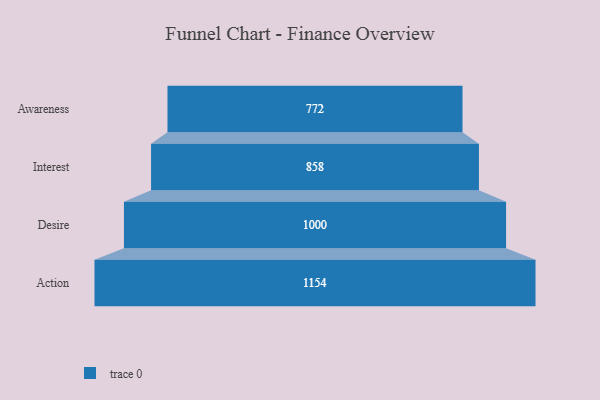
{"axis": {"x": "Stage", "y": "Value"}, "legend": [""], "data": [{"x": "Awareness", "y": 772.0, "type": ""}, {"x": "Interest", "y": 858.0, "type": ""}, {"x": "Desire", "y": 1000.0, "type": ""}, {"x": "Action", "y": 1154.0, "type": ""}]}